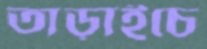
তাড়াইচে